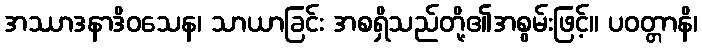
အဿာဒနာဒိဝသေန၊ သာယာခြင်း အစရှိသည်တို့၏အစွမ်းဖြင့်။ ပဝတ္တာနိ၊